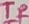
Text: TR